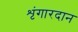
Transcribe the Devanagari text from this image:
शृंगारदान